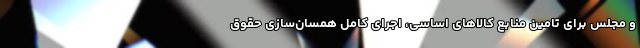
و مجلس برای تامین منابع کالا‌های اساسی، اجرای کامل همسان‌سازی حقوق